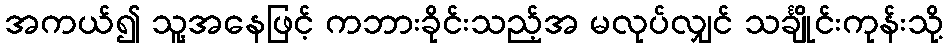
အကယ်၍ သူ့အနေဖြင့် ကဘားခိုင်းသည့်အ မလုပ်လျှင် သင်္ချိုင်းကုန်းသို့